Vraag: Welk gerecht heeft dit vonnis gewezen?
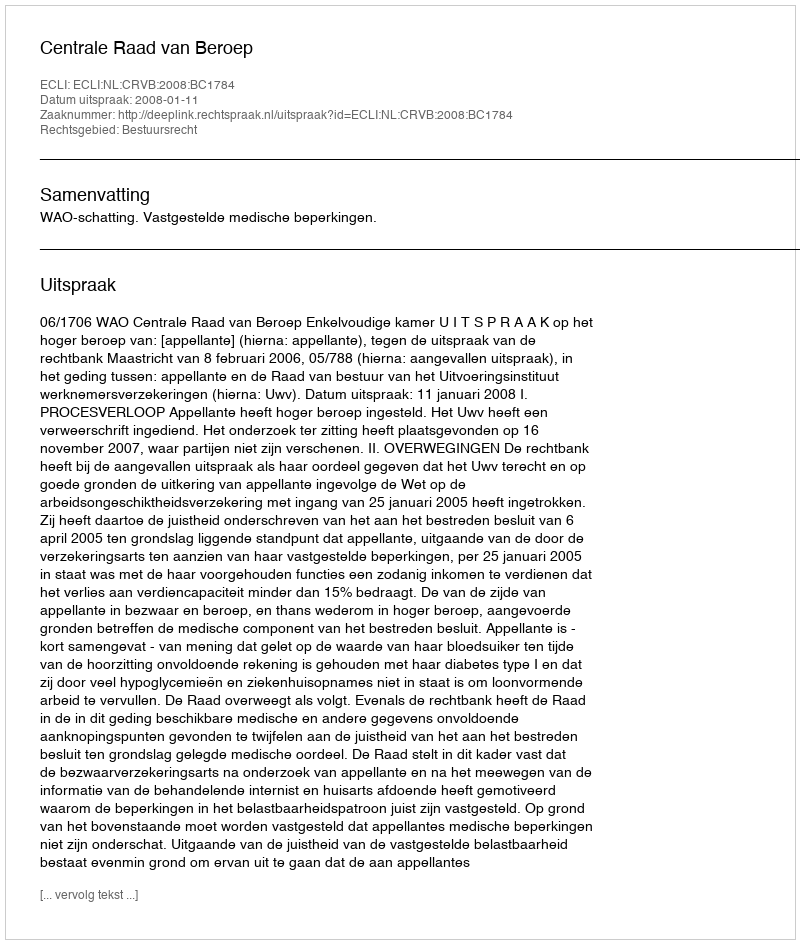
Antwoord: Centrale Raad van Beroep